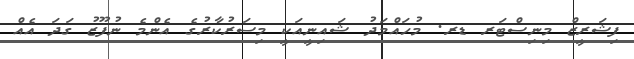
ފިޝަރީޒް މިނިސްޓަރ ޑރ. މުހައްމަދު ޝައިނީއަކީ މިސަރުކާރުގެ އެންމެ ނުފޫޒު ގަދަ އެއް